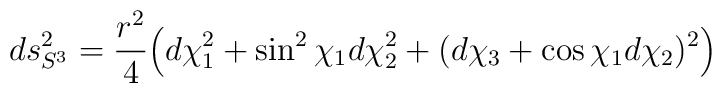
ds_{S^3}^2=\frac{r^2}{4}\Bigl(d\chi_1^2+\sin^2{\chi_1}d\chi_2^2+(d\chi_3+\cos{\chi_1}d\chi_2)^2\Bigr)